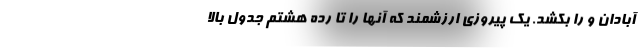
آبادان و را بکشد. یک پیروزی ارزشمند که آنها را تا رده هشتم جدول بالا